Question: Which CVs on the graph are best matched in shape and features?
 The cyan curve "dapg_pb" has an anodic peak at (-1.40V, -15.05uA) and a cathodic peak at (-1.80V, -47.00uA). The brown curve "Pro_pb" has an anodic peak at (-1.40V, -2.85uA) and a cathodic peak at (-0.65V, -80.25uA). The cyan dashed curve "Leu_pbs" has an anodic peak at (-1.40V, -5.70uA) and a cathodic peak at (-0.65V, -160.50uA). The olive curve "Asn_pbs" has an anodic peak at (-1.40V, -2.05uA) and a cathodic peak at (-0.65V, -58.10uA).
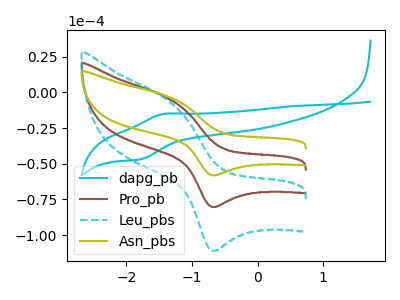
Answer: <think>"dapg_pb" and "Pro_pb" have at least one peak that do not match. "dapg_pb" and "Leu_pbs" have at least one peak that do not match. "dapg_pb" and "Asn_pbs" have at least one peak that do not match. All the peaks in "Pro_pb" have a peak in "Leu_pbs" at the same potential. All the peaks in "Pro_pb" have a peak in "Asn_pbs" at the same potential. All the peaks in "Leu_pbs" have a peak in "Asn_pbs" at the same potential.
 </think>
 <answer>"Asn_pbs", "Pro_pb" and "Leu_pbs" have the same shape and are likely CV's of the same chemical.</answer>
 <eval>"Asn_pbs" "Pro_pb" "Leu_pbs"</eval>